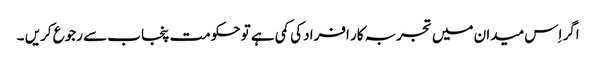
اگر اِس میدان میں تجربہ کار افراد کی کمی ہے تو حکومت پنجاب سے رجوع کریں ۔